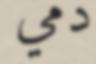
دمي